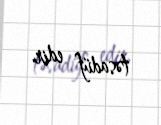
təsadüf edir.